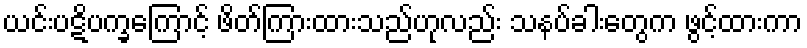
ယင်းပဋိပက္ခကြောင့် ဖိတ်ကြားထားသည်ဟုလည်း သနပ်ခါးတွေက ဖွင့်ထားကာ